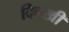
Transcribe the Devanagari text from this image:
दिक्खी